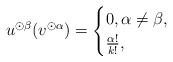
LaTeX: \begin{align*}u^{\odot \beta} ( v^{\odot \alpha} ) = \begin{cases}0, \alpha \neq \beta, \\\frac{\alpha!}{k!}, \end{cases}\end{align*}